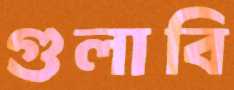
গুলাবি